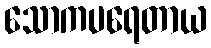
သောကပရေတာယ